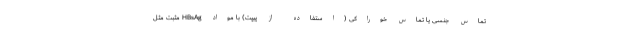
تماس جنسی یا تماس خوراکی (استفاده از پیپت) با مواد HBsAg مثبت مثل